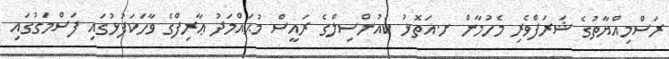
ރަސްމިއްޔާތުގެ ޝަރަފްވެރި މެހުމާން ށ.އަތޮޅު ކައުންސިލްގެ ރައީސް މުޙައްމަދު ޢާރިފްގެ ވާހަކަފުޅުގައި ފަސްމަގުގައި